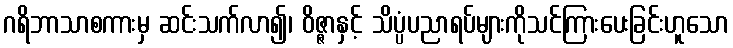
ဂရိဘာသာစကားမှ ဆင်းသက်လာ၍၊ ဝိဇ္ဇာနှင့် သိပ္ပံပညာရပ်များကိုသင်ကြားပေးခြင်းဟူသော